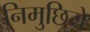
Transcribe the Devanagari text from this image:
निमुछिये